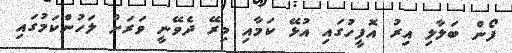
ފޯން ބަލާލި އިރު އޮފީހުގައި އުޅޭ ކަމާއި މިރޭ ދެވޭނީ ވަރަށް ލަހުންކަމުގައި